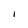
Character: 1